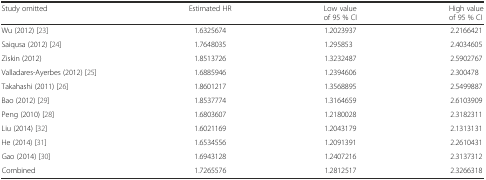
<table><thead><tr><td><b>Study omitted</b></td><td><b>Estimated HR</b></td><td><b>Low value of 95 % CI</b></td><td><b>High value of 95 % CI</b></td></tr></thead><tbody><tr><td>Wu (2012) [23]</td><td>1.6325674</td><td>1.2023937</td><td>2.2166421</td></tr><tr><td>Saiqusa (2012) [24]</td><td>1.7648035</td><td>1.295853</td><td>2.4034605</td></tr><tr><td>Ziskin (2012)</td><td>1.8513726</td><td>1.3232487</td><td>2.5902767</td></tr><tr><td>Valladares-Ayerbes (2012) [25]</td><td>1.6885946</td><td>1.2394606</td><td>2.300478</td></tr><tr><td>Takahashi (2011) [26]</td><td>1.8601217</td><td>1.3568895</td><td>2.5499887</td></tr><tr><td>Bao (2012) [29]</td><td>1.8537774</td><td>1.3164659</td><td>2.6103909</td></tr><tr><td>Peng (2010) [28]</td><td>1.6803607</td><td>1.2180028</td><td>2.3182311</td></tr><tr><td>Liu (2014) [32]</td><td>1.6021169</td><td>1.2043179</td><td>2.1313131</td></tr><tr><td>He (2014) [31]</td><td>1.6534556</td><td>1.2091391</td><td>2.2610431</td></tr><tr><td>Gao (2014) [30]</td><td>1.6943128</td><td>1.2407216</td><td>2.3137312</td></tr><tr><td>Combined</td><td>1.7265576</td><td>1.2812517</td><td>2.3266318</td></tr></tbody></table>